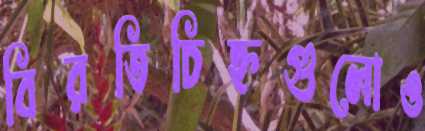
বিরতিচিহ্নগুলোও